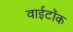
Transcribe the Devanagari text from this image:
वाईटॉक